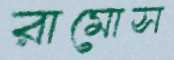
রামোস